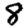
Digit: 8